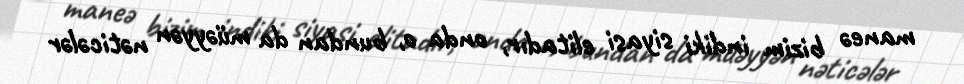
maneə bizim indiki siyasi elitadır, onda o, bundan da müəyyən nəticələr